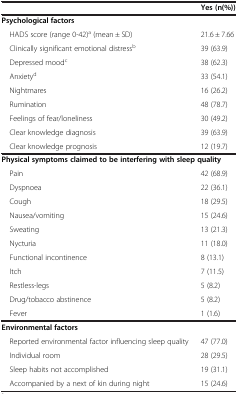
<table><thead><tr><td><b> </b></td><td><b>Yes (n(%))</b></td></tr></thead><tbody><tr><td colspan="2"><b>Psychological factors</b></td></tr><tr><td> HADS score (range 0-42)<sup>a</sup> (mean ± SD)</td><td>21.6 ± 7.66</td></tr><tr><td> Clinically significant emotional distress<sup>b</sup></td><td>39 (63.9)</td></tr><tr><td> Depressed mood<sup>c</sup></td><td>38 (62.3)</td></tr><tr><td> Anxiety<sup>d</sup></td><td>33 (54.1)</td></tr><tr><td> Nightmares</td><td>16 (26.2)</td></tr><tr><td> Rumination</td><td>48 (78.7)</td></tr><tr><td> Feelings of fear/loneliness</td><td>30 (49.2)</td></tr><tr><td> Clear knowledge diagnosis</td><td>39 (63.9)</td></tr><tr><td> Clear knowledge prognosis</td><td>12 (19.7)</td></tr><tr><td colspan="2"><b>Physical symptoms claimed to be interfering with sleep quality</b></td></tr><tr><td> Pain</td><td>42 (68.9)</td></tr><tr><td> Dyspnoea</td><td>22 (36.1)</td></tr><tr><td> Cough</td><td>18 (29.5)</td></tr><tr><td> Nausea/vomiting</td><td>15 (24.6)</td></tr><tr><td> Sweating</td><td>13 (21.3)</td></tr><tr><td> Nycturia</td><td>11 (18.0)</td></tr><tr><td> Functional incontinence</td><td>8 (13.1)</td></tr><tr><td> Itch</td><td>7 (11.5)</td></tr><tr><td> Restless-legs</td><td>5 (8.2)</td></tr><tr><td> Drug/tobacco abstinence</td><td>5 (8.2)</td></tr><tr><td> Fever</td><td>1 (1.6)</td></tr><tr><td colspan="2"><b>Environmental factors</b></td></tr><tr><td> Reported environmental factor influencing sleep quality</td><td>47 (77.0)</td></tr><tr><td> Individual room</td><td>28 (29.5)</td></tr><tr><td> Sleep habits not accomplished</td><td>19 (31.1)</td></tr><tr><td> Accompanied by a next of kin during night</td><td>15 (24.6)</td></tr></tbody></table>